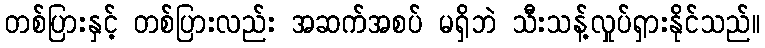
တစ်ပြားနှင့် တစ်ပြားလည်း အဆက်အစပ် မရှိဘဲ သီးသန့်လှုပ်ရှားနိုင်သည်။